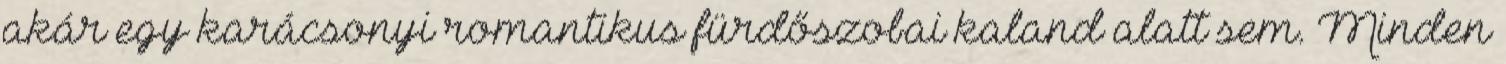
akár egy karácsonyi romantikus fürdőszobai kaland alatt sem. Minden